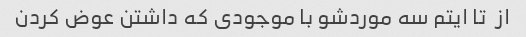
از  تا ایتم سه موردشو با موجودی که داشتن عوض کردن